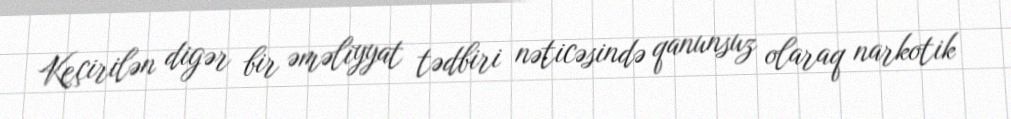
Keçirilən digər bir əməliyyat tədbiri nəticəsində qanunsuz olaraq narkotik